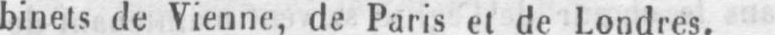
binets de Vienne, de Paris et de Londres.